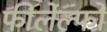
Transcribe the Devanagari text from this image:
फीलेल्फो